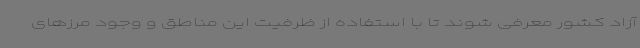
آزاد کشور معرفی شوند تا با استفاده از ظرفیت این مناطق و وجود مرزهای